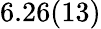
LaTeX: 6.26(13)